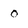
Character: 0